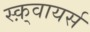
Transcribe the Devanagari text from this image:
स्क़्वायर्स